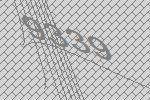
9339